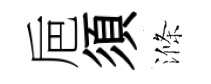
巵須滌